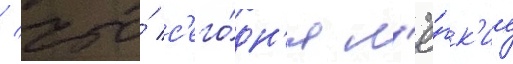
/ что́ с'его́дн'я л'ё́гк'ие